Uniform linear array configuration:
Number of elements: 8
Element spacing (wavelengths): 0.75
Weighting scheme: kaiser
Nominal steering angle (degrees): -30
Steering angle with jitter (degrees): -29.315
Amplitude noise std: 0.05
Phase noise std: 0.05

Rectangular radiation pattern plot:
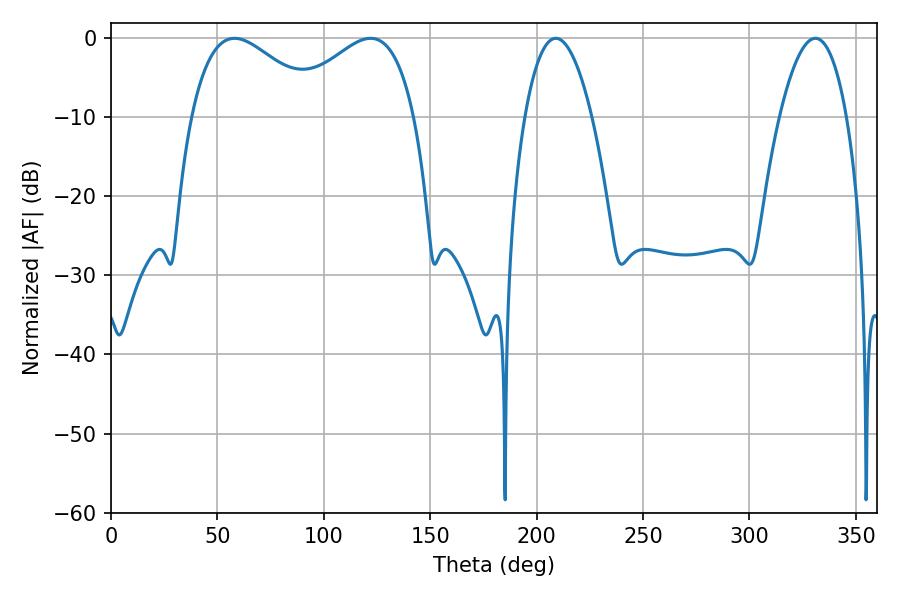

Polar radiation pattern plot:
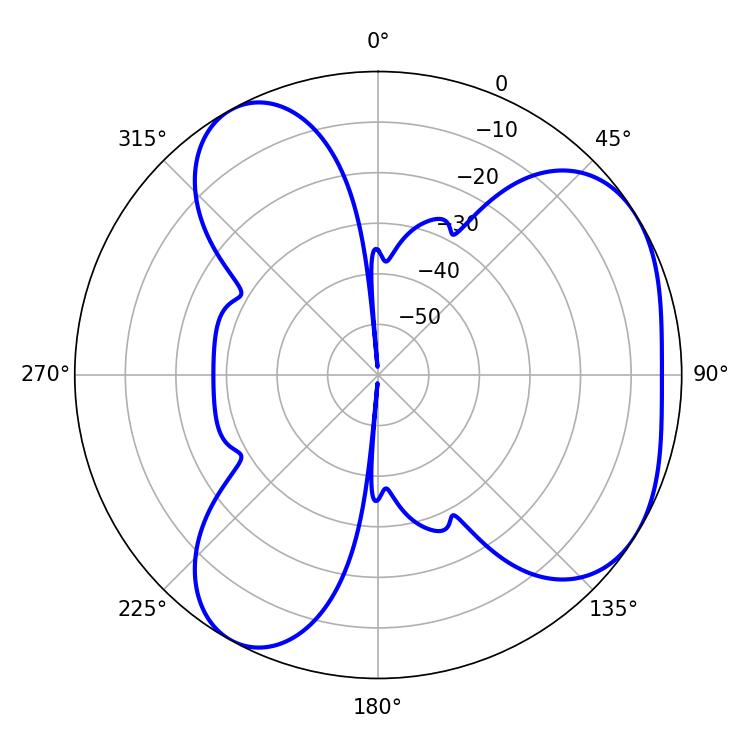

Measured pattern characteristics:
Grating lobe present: TRUE
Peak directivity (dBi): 4.56
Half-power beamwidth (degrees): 17.46
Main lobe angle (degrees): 208.98